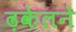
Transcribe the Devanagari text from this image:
ढ़केलने